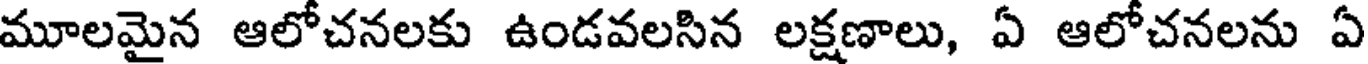
మూలమైన ఆలోచనలకు ఉండవలసిన లక్షణాలు, ఏ ఆలోచనలను ఏ